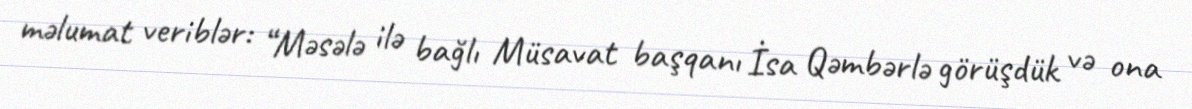
məlumat veriblər: “Məsələ ilə bağlı Müsavat başqanı İsa Qəmbərlə görüşdük və ona